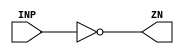
module IBUFFX4 (INP,ZN);
	input INP;
	output ZN;
	wire ot;
assign ZN = ~ot;
assign ot = INP;
endmodule